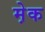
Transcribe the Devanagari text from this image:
मे़क